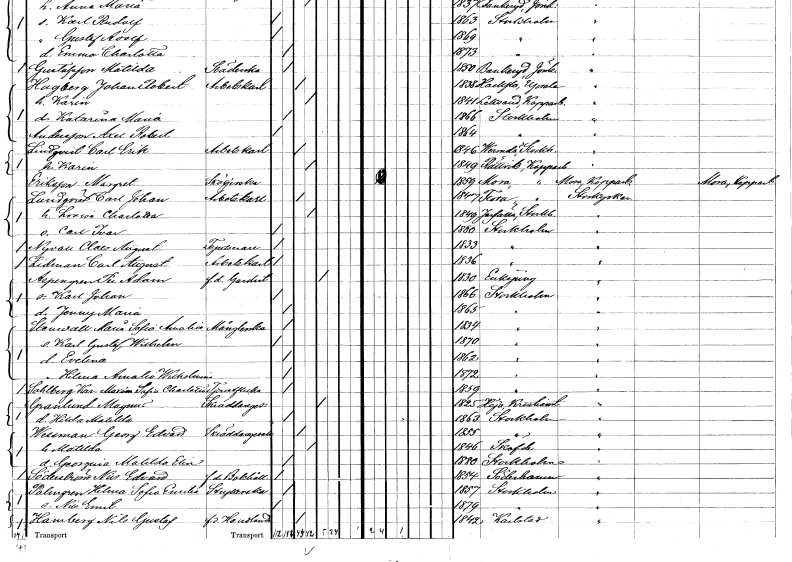
gt_parse: households: individuals: FN: Carl Erik
EN: Lindqvist
YRKE: Arbetskarl
KON: M
CIV: G
FODAR: 1846
FODFORS: Värmdö Stockholms län
FN: Karin
KON: K
CIV: G
FODAR: 1849
FODFORS: Rättvik Kopparbergs län
FN: Margret
EN: Eriksson
YRKE: Sköljerska
KON: K
CIV: O
FODAR: 1859
FODFORS: Mora Kopparbergs län
FN: Carl Johan
EN: Lundqvist
YRKE: Arbetskarl
KON: M
CIV: G
FODAR: 1847
FODFORS: Floda Kopparbergs län
FN: Lovisa Charlotta
KON: K
CIV: G
FODAR: 1849
FODFORS: Järfälla Stockholms län
FN: Carl Ivar
KON: M
CIV: O
FODAR: 1880
FODFORS: Stockholm
FN: Claes August
EN: Nyvall
YRKE: Tapetserare
KON: M
CIV: O
FODAR: 1833
FODFORS: Stockholm
FN: Carl August
EN: Lidman
YRKE: Arbetskarl
KON: M
CIV: O
FODAR: 1836
FODFORS: Stockholm
FN: Per Adam
EN: Aspengren
YRKE: Gardist f.d.
KON: M
CIV: E
FODAR: 1830
FODFORS: Enköping Uppsala län
FN: Karl Johan
KON: M
CIV: O
FODAR: 1866
FODFORS: Stockholm
FN: Jenny Maria
KON: K
CIV: O
FODAR: 1865
FODFORS: Stockholm
FN: Maria Sofia Amalia
EN: Stenwall
YRKE: Månglerska
KON: K
CIV: O
FODAR: 1834
FODFORS: Stockholm
FN: Karl Gustaf Wilhelm
KON: M
CIV: O
FODAR: 1870
FODFORS: Stockholm
FN: Evelina
KON: K
CIV: O
FODAR: 1862
FODFORS: Stockholm
FN: Hilma Amalia Wilhelmina
KON: K
CIV: O
FODAR: 1872
FODFORS: Stockholm
FN: Karolina Maximiliana Sofia Charlotta
EN: Sohlberg
YRKE: Tjänsteflicka
KON: K
CIV: O
FODAR: 1859
FODFORS: Stockholm
FN: Magnus
EN: Granlund
YRKE: Skräddaregesäll
KON: M
CIV: E
FODAR: 1825
FODFORS: Höja Kristianstads län
FN: Hilda Matilda
KON: K
CIV: O
FODAR: 1863
FODFORS: Stockholm
FN: Georg Edvard
EN: Wessman
YRKE: Skräddaregesäll
KON: M
CIV: G
FODAR: 1855
FODFORS: Stockholm
FN: Matilda
KON: K
CIV: G
FODAR: 1846
FODFORS: Skövde Skaraborgs län
FN: Georgina Matilda Elin
KON: K
CIV: O
FODAR: 1880
FODFORS: Stockholm
FN: Nils Edvard
EN: Söderström
YRKE: Bokhållare f.d.
KON: M
CIV: O
FODAR: 1854
FODFORS: Söderhamn Gävleborgs län
FN: Hilma Sofia Emilia
EN: Palmgren
YRKE: Strykerska
KON: K
CIV: O
FODAR: 1857
FODFORS: Stockholm
FN: Nils Emil
KON: M
CIV: O
FODAR: 1879
FODFORS: Stockholm
FN: Nils Gustaf
EN: Hamberg
YRKE: Handlande f.d.
KON: M
CIV: G
FODAR: 1842
FODFORS: Karlstad Värmlands län